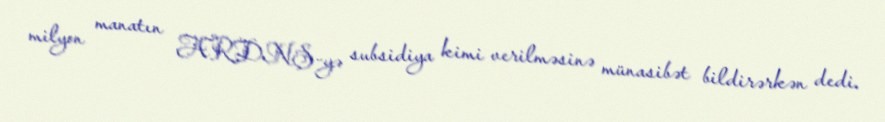
milyon manatın ARDNŞ-yə subsidiya kimi verilməsinə münasibət bildirərkən dedi.